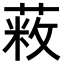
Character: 𦷥